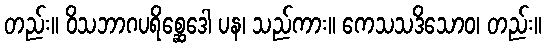
တည်း။ ဝိသဘာဂပရိစ္ဆေဒေါ ပန၊ သည်ကား။ ကေသသဒိသောဝ၊ တည်း။